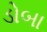
ડોબા